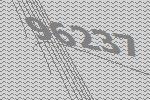
96237